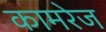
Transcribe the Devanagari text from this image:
कामरेज